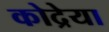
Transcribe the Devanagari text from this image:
कोद्रेया